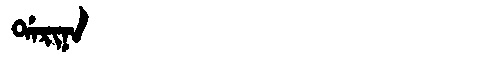
Manchu: ᡩᠠᡵᡳᠨᠠ
Romanization: DARINA